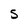
Character: s